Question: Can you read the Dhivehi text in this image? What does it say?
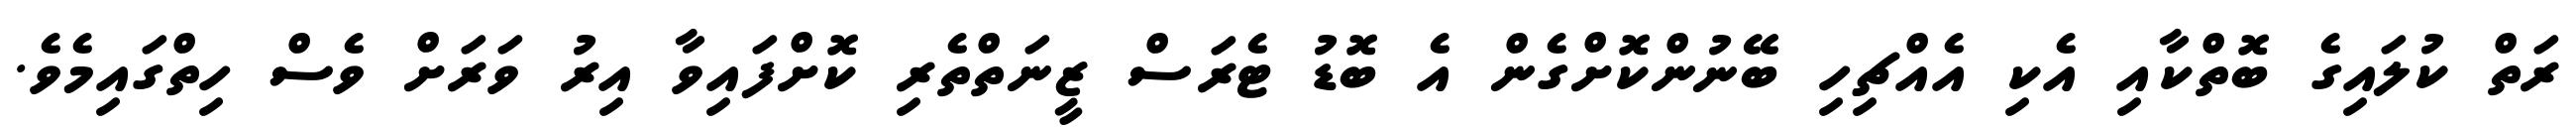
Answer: ރަތް ކުލައިގެ ބޮތްކާއި އެކި އެއްޗިހި ބޭނުންކޮށްގެން އެ ބޮޑު ޓެރަސް ޒީނަތްތެރި ކޮށްފައިވާ އިރު ވަރަށް ވެސް ހިތްގައިމެވެ.